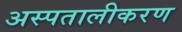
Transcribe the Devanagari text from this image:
अस्पतालीकरण